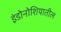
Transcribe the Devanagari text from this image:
इंडोनोशियातील